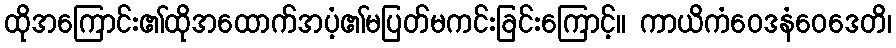
ထိုအကြောင်း၏ထိုအထောက်အပံ့၏မပြတ်မကင်းခြင်းကြောင့်။ ကာယိကံဝေဒနံဝေဒေတိ၊